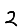
Digit: 2